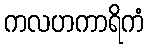
ကလဟကာရိကံ